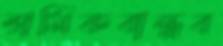
শ্রমিকবান্ধব